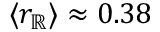
\langle r _ { \mathbb { R } } \rangle \approx 0 . 3 8